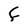
Character: F